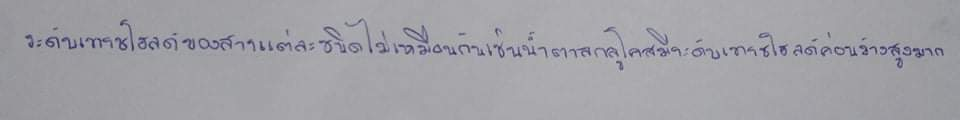
ระดับเทรชโฮลด์ของสารแต่ละชนิดไม่เหมือนกันเช่นน้ำตาลกลูโคสมีระดับเทรชโฮลด์ค่อนข้างสูงมาก